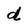
Character: d